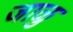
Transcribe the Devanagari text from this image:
जाळु